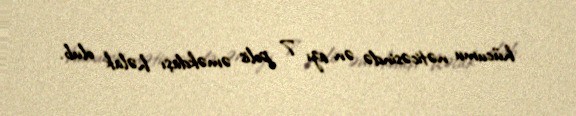
hücumu nəticəsində ən azı 7 polis əməkdaşı həlak olub.